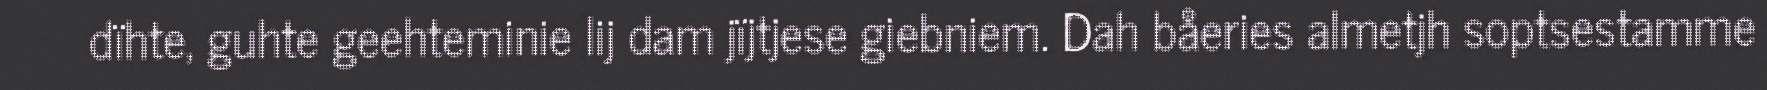
dïhte, guhte geehteminie lij dam jïjtjese giebniem. Dah båeries almetjh soptsestamme